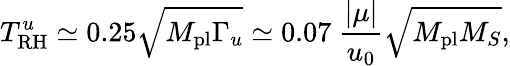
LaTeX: T_{\mathrm{RH}}^{u}\simeq 0.25\sqrt{M_{\mathrm{pl}}\Gamma_{u}}\simeq 0.07~{\frac{\vert\mu\vert}{u_{0}}}\sqrt{M_{\mathrm{pl}}M_{S}},